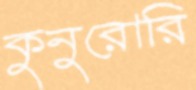
কুনুরোরি